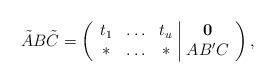
LaTeX: \begin{align*}\tilde{A} B\tilde{C}=\left(\begin{array}{ccc|cccccc}t_1&\ldots&t_u&\boldsymbol0\\\ast&\ldots&\ast&A B' C\end{array}\right),\end{align*}